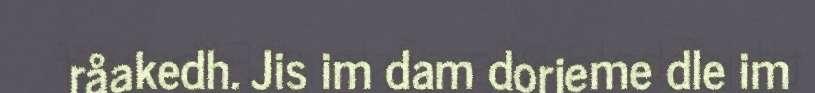
råakedh. Jis im dam dorjeme dle im